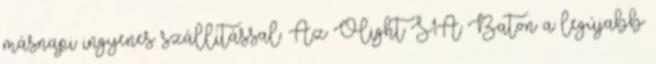
másnapi ingyenes szállítással. Az Olight S1A Baton a legújabb